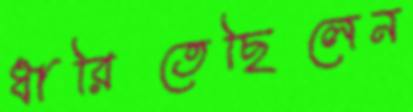
ধারিতেছিলেন